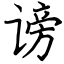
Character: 谤